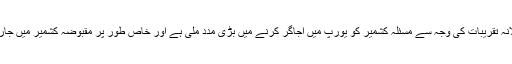
چیئرمین کشمیرکونسل ای یو علی رضا سید نے بتایاکہ کشمیرای یو ویک کی سالانہ تقریبات کی وجہ سے مسئلہ کشمیر کو یورپ میں اجاگر کرنے میں بڑی مدد ملی ہے اور خاص طور پر مقبوضہ کشمیر میں جاری بھارتی مظالم کے حوالے سے یورپ میں زیادہ سے زیادہ آگاہی پیدا ہوئی ہے۔